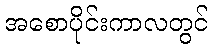
အစောပိုင်းကာလတွင်